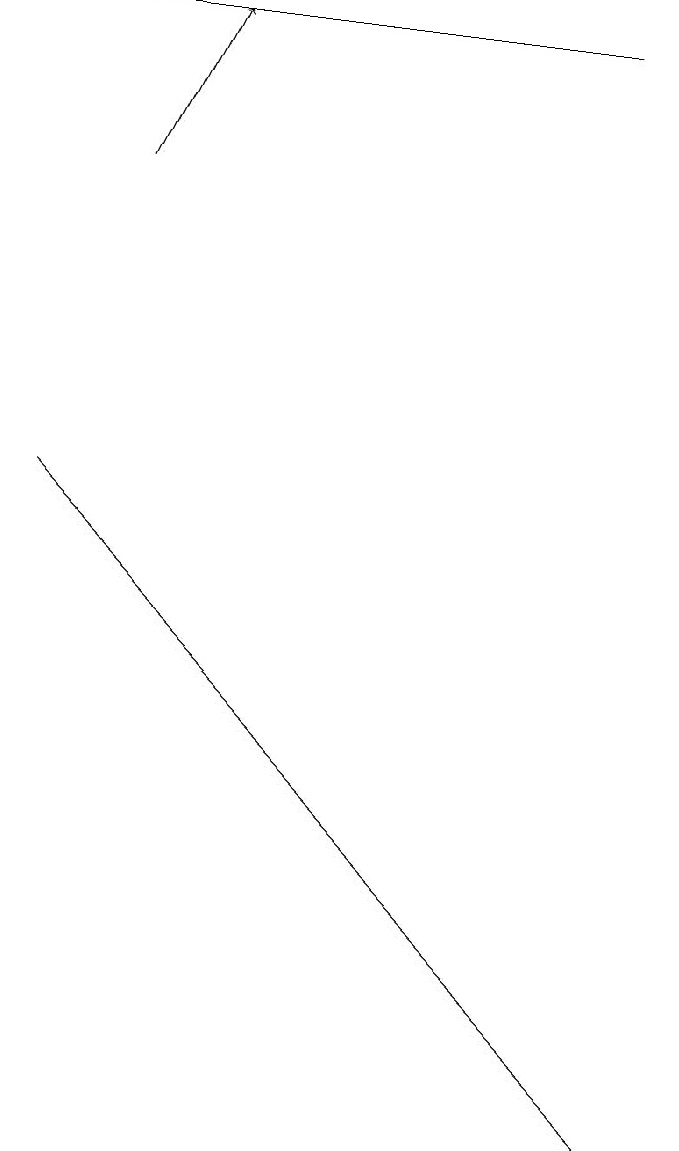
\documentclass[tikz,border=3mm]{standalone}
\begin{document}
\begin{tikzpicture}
\draw (8,1) -- (0,9) -- (1,8) -- cycle;
\draw (0,15) rectangle (7,15);
\draw[->] (1,13) -- (2,15);
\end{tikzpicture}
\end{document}